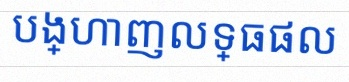
បង្ហាញលទ្ធផល